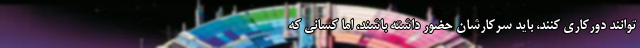
‌توانند دورکاری کنند، باید سرکارشان حضور داشته باشند، اما کسانی که